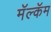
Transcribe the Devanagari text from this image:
मॅल्कॅम